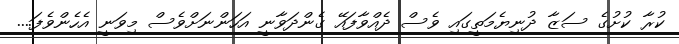
ކުރާ ކުށުގެ ސަޒާ ދުނިޔެމަތީގައި ވެސް ދެއްވާފައޭ ގެންދަވާނީ އަހަންނަށްވެސް މިވަނީ އެހެންވެފަ....